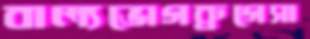
বাল্যভোগব্রুগেসা